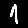
Digit: 1